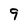
Character: 9